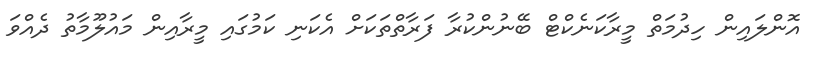
އޮންލައިން ހިދުމަތް މީރާކަނެކްޓް ބޭނުންކުރާ ފަރާތްތަކަށް އެކަނި ކަމުގައި މީރާއިން މައުލޫމާތު ދެއްވަ